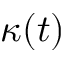
\kappa ( t )